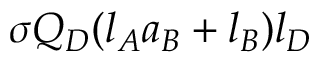
\sigma Q _ { D } ( l _ { A } a _ { B } + l _ { B } ) l _ { D }